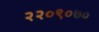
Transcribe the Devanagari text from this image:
२२०९०७०